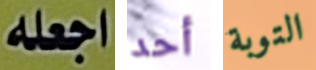
اجعله أحد التوبة